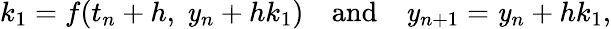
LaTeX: k_{1}=f(t_{n}+h,\ \mathit{y}_{n}+hk_{1})\quad{\mathrm{{and}}}\quad\mathit{y}_{n+1}=\mathit{y}_{n}+hk_{1},